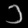
Digit: ၁